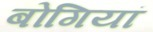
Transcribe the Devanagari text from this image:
बोगियां